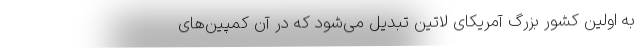
به اولین کشور بزرگ آمریکای لاتین تبدیل می‌شود که در آن کمپین‌های